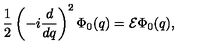
\frac { 1 } { 2 } \left( - i \frac { d } { d q } \right) ^ { 2 } \Phi _ { 0 } ( q ) = { \cal E } \Phi _ { 0 } ( q ) ,